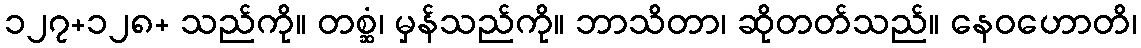
၁၂၇+၁၂၈+ သည်ကို။ တစ္ဆံ၊ မှန်သည်ကို။ ဘာသိတာ၊ ဆိုတတ်သည်။ နေဝဟောတိ၊